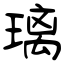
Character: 璃